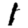
Digit: 1